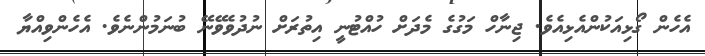
އެހެން ގޯޅިއަކުންއެޅިއެވެ. ޖިނާހް މަގުގެ މެދަށް ހުއްޓުނީ އިތުރަށް ނުދުވެވޭނޭ ބުނަމުންނެވެ. އެހެންވިއްޔާ